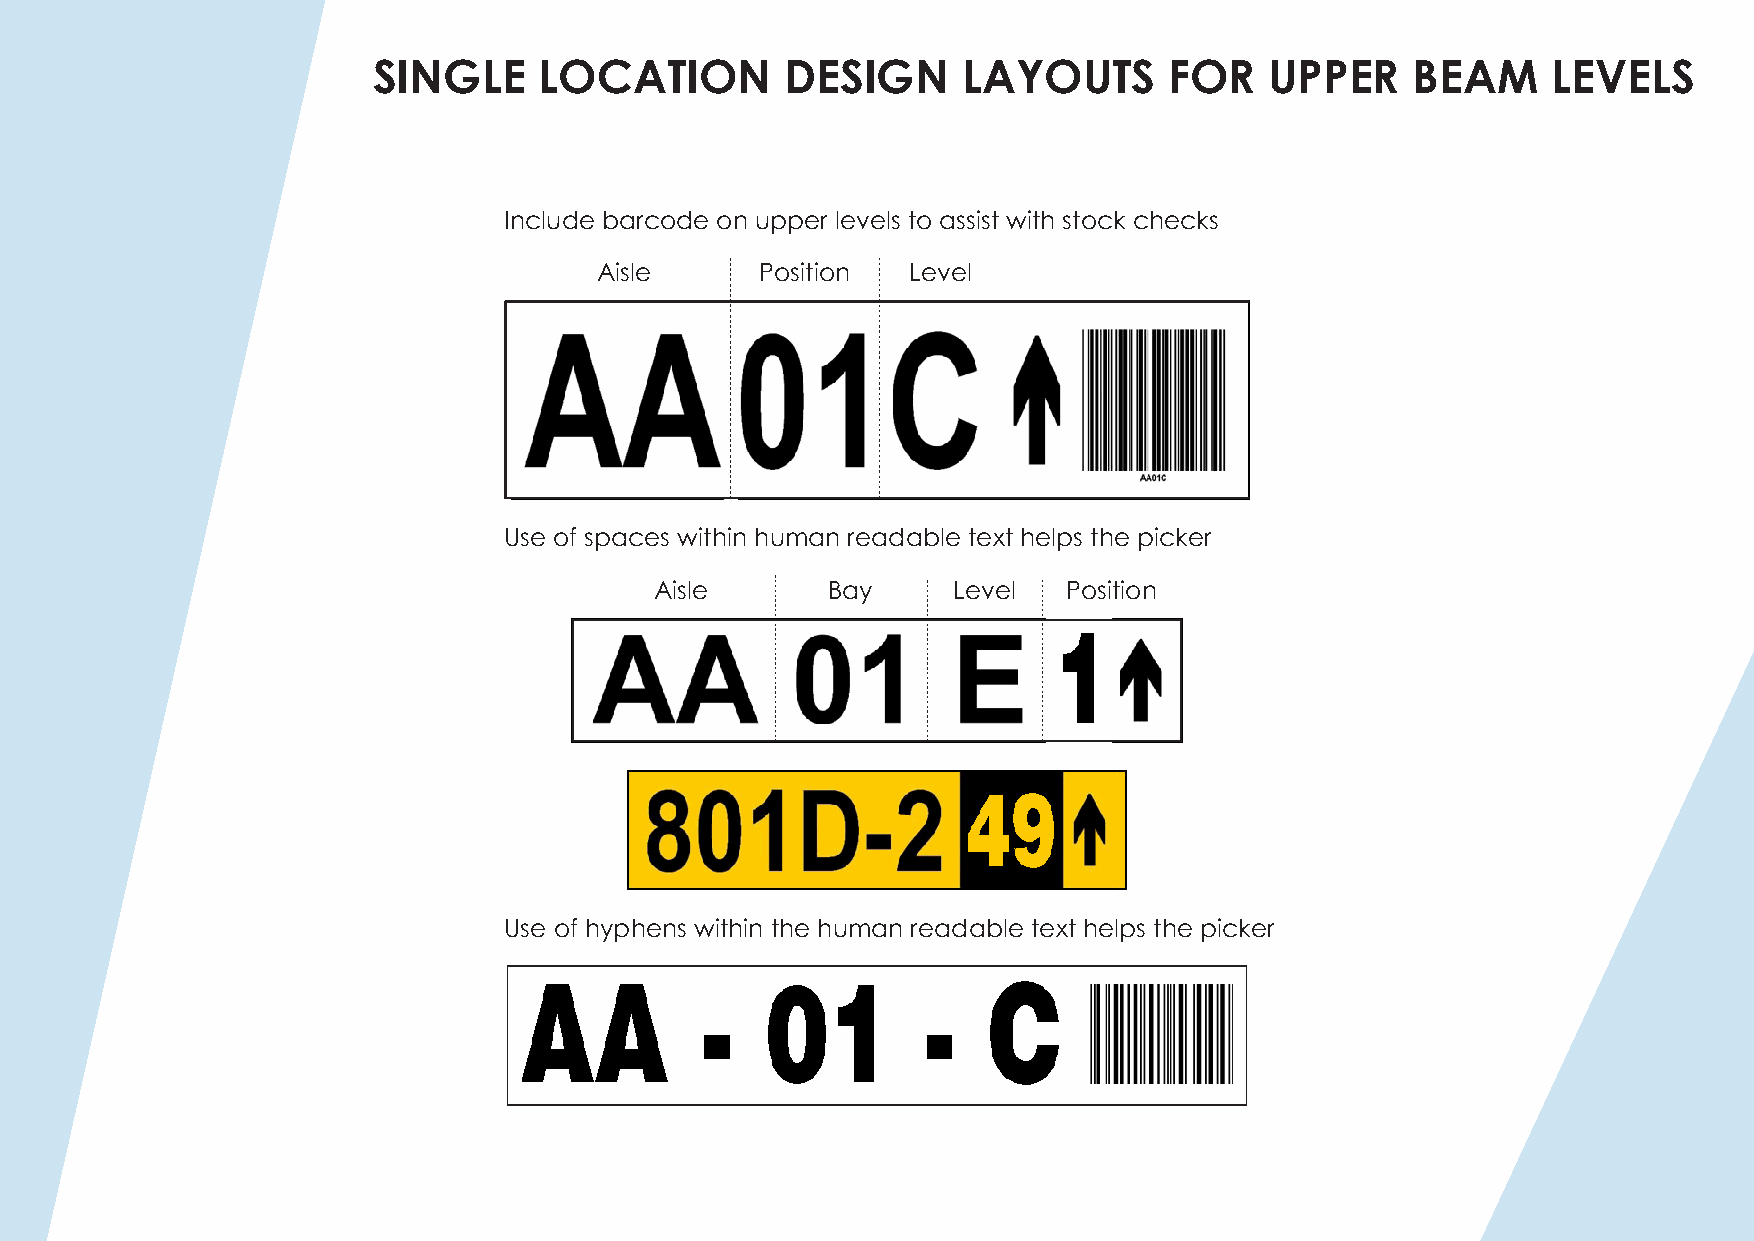
SINGLE     LOCATION        DESIGN      LAYOUTS      FOR    UPPER     BEAM     LEVELS
 Include barcode on upper levels to assist with stock checks
 Aisle     Position  Level
 Use of spaces within human readable text helps the picker
 Aisle       Bay     Level   Position
 Use of hyphens within the human readable text helps the picker